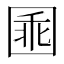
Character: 𡇸